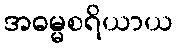
အဓမ္မစရိယာယ